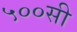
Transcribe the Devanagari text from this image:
५००सी